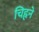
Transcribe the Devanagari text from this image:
चिह्नने